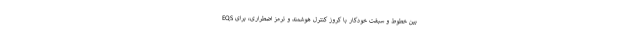
بین خطوط و سبقت خودکار با کروز کنترل هوشمند و ترمز اضطراری، برای EQS